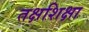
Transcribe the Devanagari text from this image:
तक्षशिक्षा